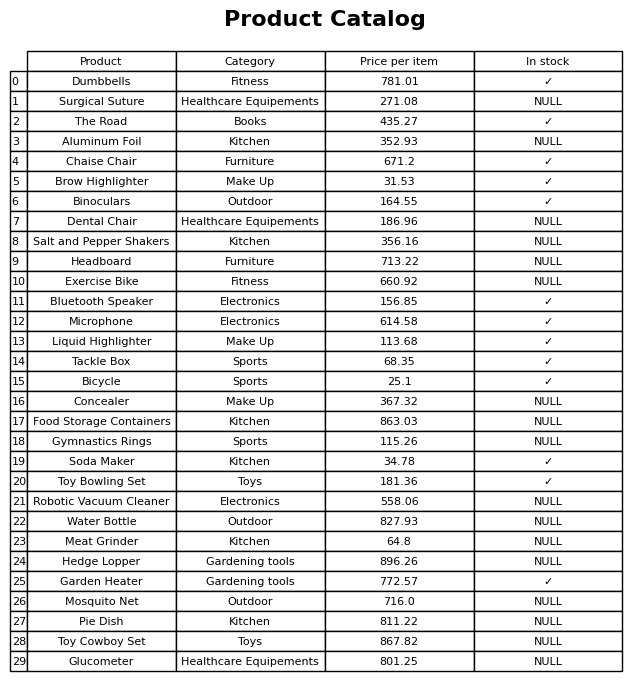
question: What is the price for Microphone?
answer: The price of Microphone is 614.58.